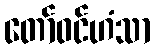
တော်ဝင်ဟံသာ